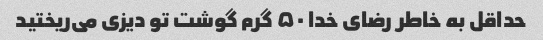
حداقل به خاطر رضای خدا ۵۰ گرم گوشت تو دیزی می‌ریختید